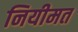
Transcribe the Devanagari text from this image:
नियीमत